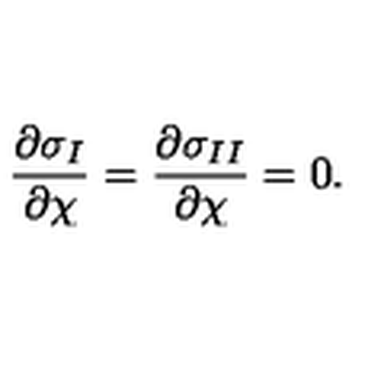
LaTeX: { \frac { \partial \sigma _ { I } } { \partial \chi } } = { \frac { \partial \sigma _ { I I } } { \partial \chi } } = 0 .